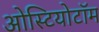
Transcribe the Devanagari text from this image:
ओस्टियोटॉम